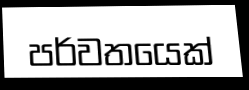
පර්වතයෙක්